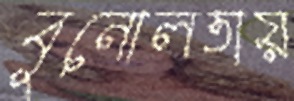
বুনোলতায়